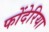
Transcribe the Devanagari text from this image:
फोंदेरिया